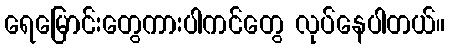
ရေမြောင်းတွေကားပါကင်တွေ လုပ်နေပါတယ်။